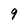
Character: 9